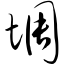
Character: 惆